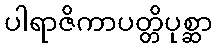
ပါရာဇိကာပတ္တိပုစ္ဆာ